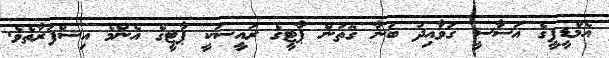
އެމްޑީޕީގެ އަސާސީ ގަވާއިދު ބުނާ ގޮތުން ޕާޓީގެ ރައީސަކީ ޕާޓީގެ އެންމެ އިސްފަރާތެވެ.